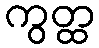
ကွတ္ထ